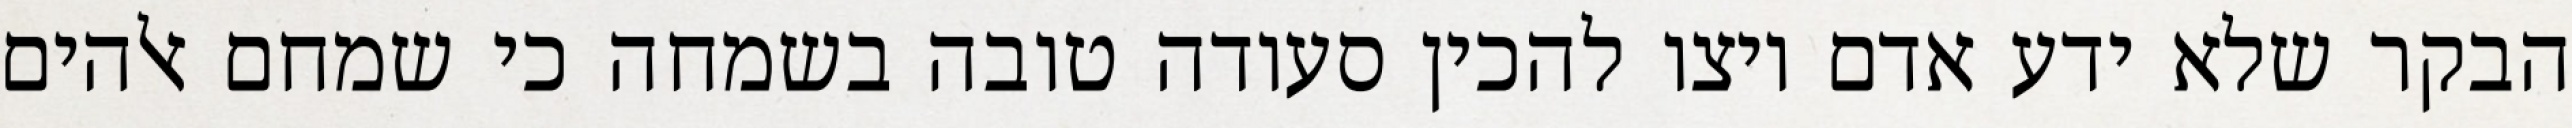
הבקר שלא ידע אדם ויצו להכין סעודה טובה בשמחה כי שמחם אלהים